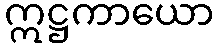
ဣဋ္ဌကာယော